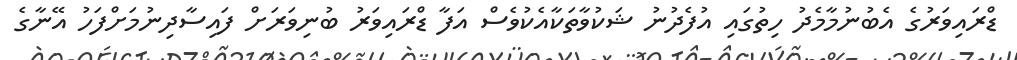
ޑްރައިވަރުގެ އެބުނުމާމެދު ހިތުގައި އުފެދުނު ޝަކުވާތަކާއެކުވެސް އަފާ ޑްރައިވަރު ބުނިވަރަށް ފައިސާދިނުމަށްފަހު އޭނާގެ